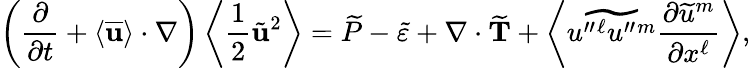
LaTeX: \left({\frac{\partial}{\partial t}+\langle{\overline{{\mathbf{u}}}}\rangle\cdot\nabla}\right)\left\langle{\frac{1}{2}{\tilde{\mathbf{u}}}^{2}}\right\rangle=\widetilde{P}-\widetilde{\varepsilon}+\nabla\cdot\widetilde{\mathbf{T}}+\left\langle{\widetilde{u^{\prime\prime}{}^{\ell}u^{\prime\prime}{}^{m}}\frac{\partial\widetilde{u}^{m}}{\partial x^{\ell}}}\right\rangle,